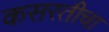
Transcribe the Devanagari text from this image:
कसरतीचा